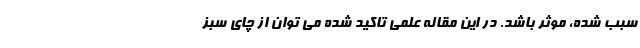
سبب شده، موثر باشد. در این مقاله علمی تاکید شده می توان از چای سبز